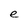
Character: e